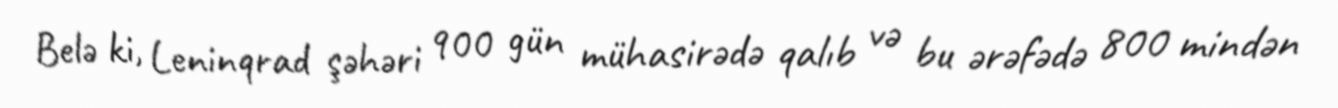
Belə ki, Leninqrad şəhəri 900 gün mühasirədə qalıb və bu ərəfədə 800 mindən